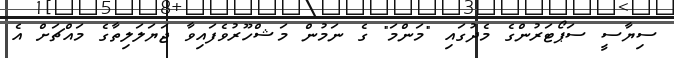
ސިޔާސީ ސަޕޯޓަރުންގެ މެދުގައި "މަންމަ" ގެ ނަމުން މަޝްހޫރުވެފައިވާ ޖަޔަލަލިތާގެ މައްޗަށް އެ